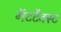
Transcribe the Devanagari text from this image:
गॅटटैक्स्ट